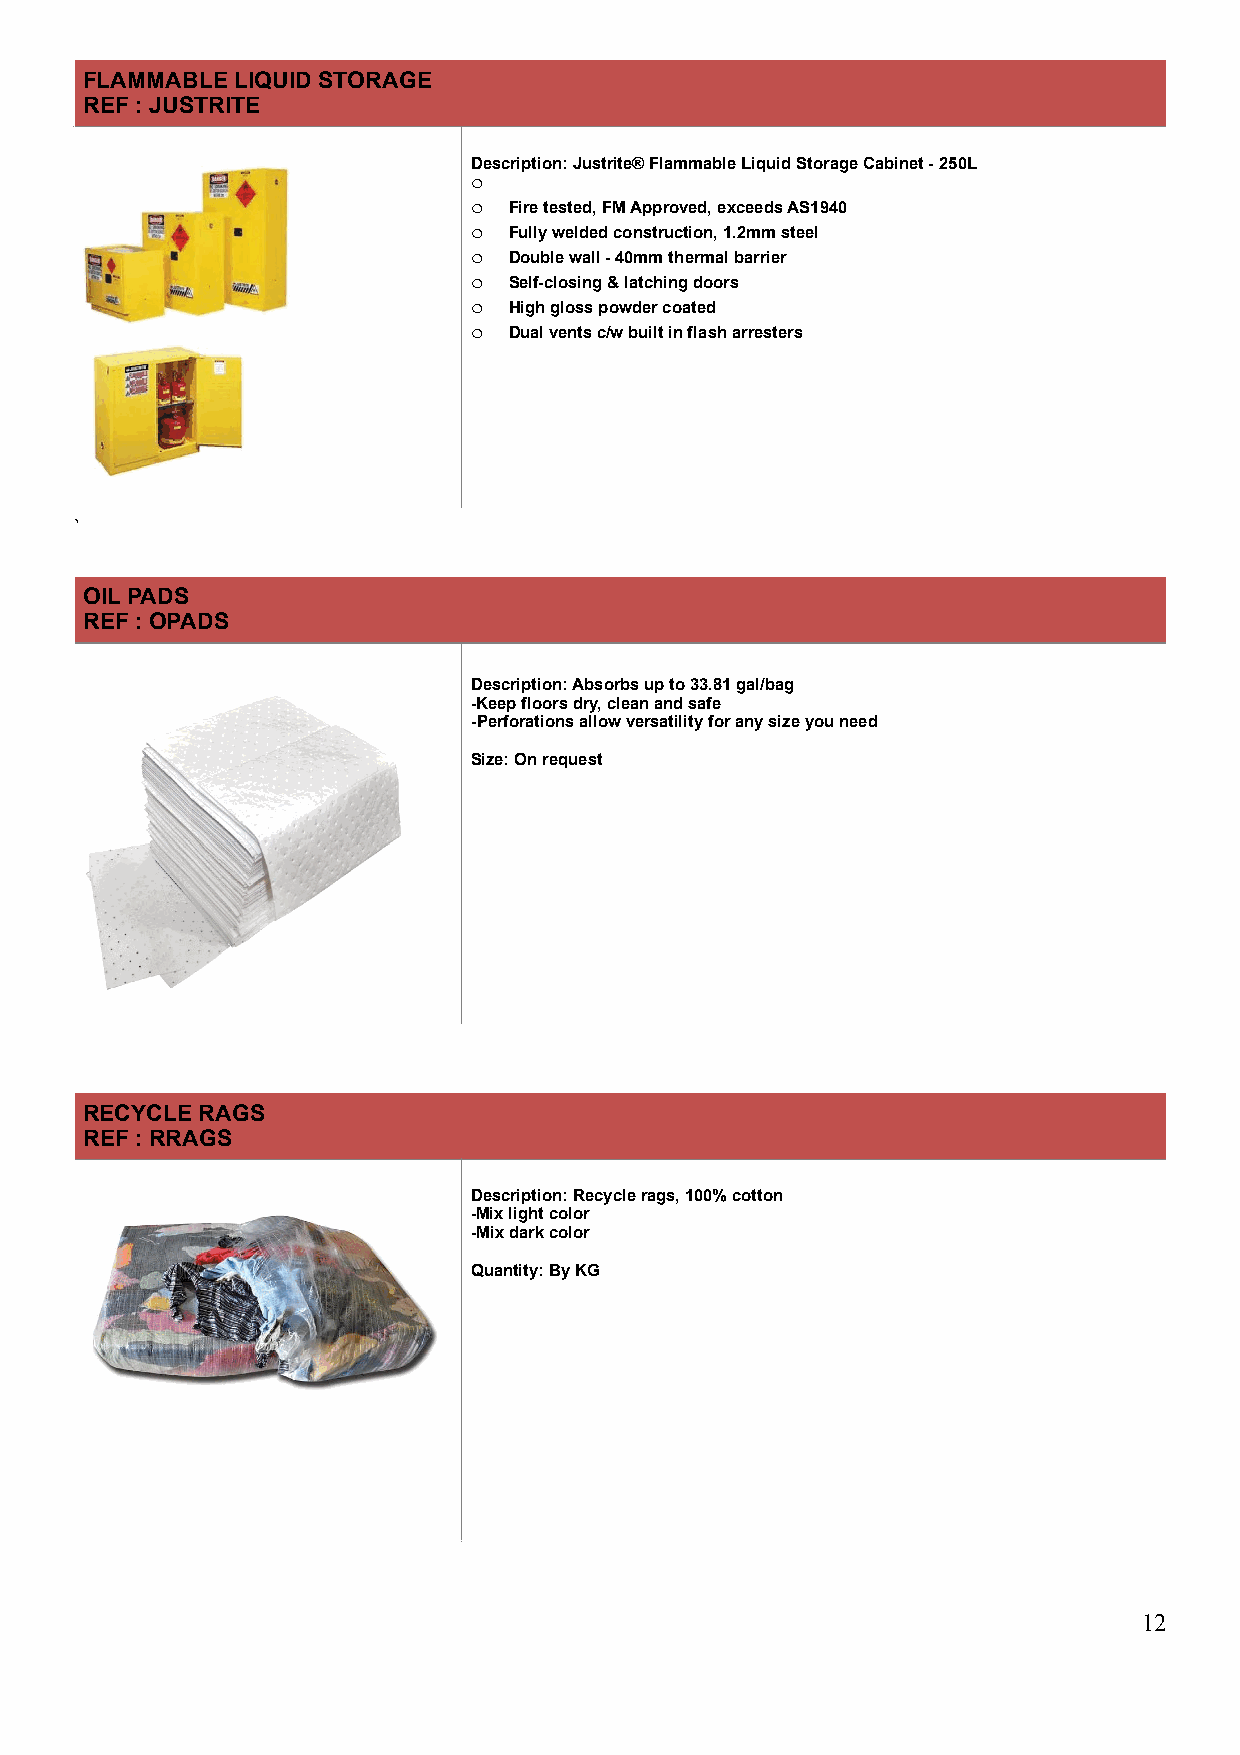
FLAMMABLE LIQUID STORAGE
 REF : JUSTRITE
 Description: Justrite® Flammable Liquid Storage Cabinet - 250L
 o
 o  Fire tested, FM Approved, exceeds AS1940
 o  Fully welded construction, 1.2mm steel
 o  Double wall - 40mm thermal barrier
 o  Self-closing & latching doors
 !                        o  High gloss powder coated
 o  Dual vents c/w built in flash arresters
 !
 `
 OIL PADS
 REF : OPADS
 Description: Absorbs up to 33.81 gal/bag
 -Keep floors dry, clean and safe
 -Perforations allow versatility for any size you need
 Size: On request
 !
 RECYCLE RAGS
 REF : RRAGS
 Description: Recycle rags, 100% cotton
 -Mix light color
 -Mix dark color
 Quantity: By KG
 !
 !12